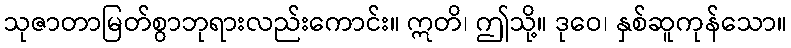
သုဇာတာမြတ်စွာဘုရားလည်းကောင်း။ ဣတိ၊ ဤသို့။ ဒုဝေ၊ နှစ်ဆူကုန်သော။